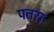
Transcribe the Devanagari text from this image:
पतरा